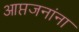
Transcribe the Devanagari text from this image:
आप्तजनांना